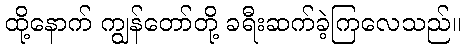
ထို့နောက် ကျွန်တော်တို့ ခရီးဆက်ခဲ့ကြလေသည်။